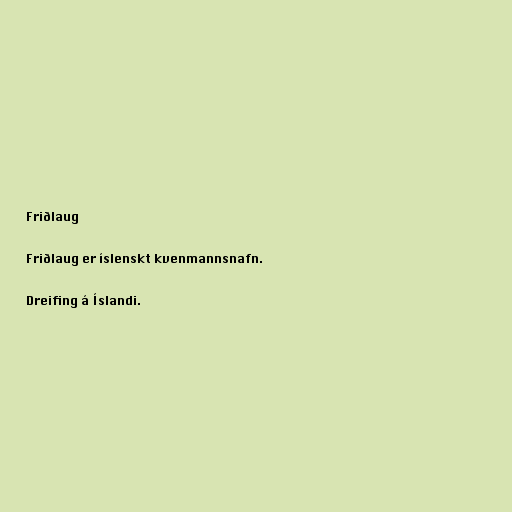
Friðlaug

Friðlaug er íslenskt kvenmannsnafn.

Dreifing á Íslandi.